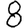
Digit: 8